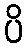
ပိ